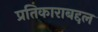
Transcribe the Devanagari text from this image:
प्रतिकाराबद्दल